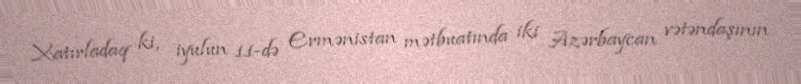
Xatırladaq ki, iyulun 11-də Ermənistan mətbuatında iki Azərbaycan vətəndaşının